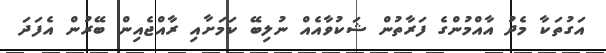
އަގުތަކާ މެދު އާއްމުންގެ ފަރާތުން ޝަކުވާއެއް ނުލިބޭ ކަމަށާއި ރާއްޖެއިން ބޭރުން އެފަދަ